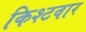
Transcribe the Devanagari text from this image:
किश्टवार